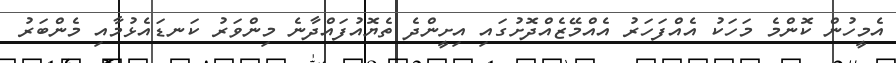
އެމީހުން ކޮންމެ މަހަކު އެއްފަހަރު އެއްމޭޒެއްދޮށުގައި އިށީންދެ ތެޔޮއުފައްދާނެ މިންވަރު ކަނޑައެޅުމާއި މެންބަރު